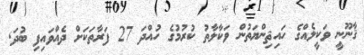
ޤާނޫނީ ވަކީލެއްގެ ހައިޘިންޔަތުން ވަކާލާތު ކުރުމުގެ ހުއްދަ 27 ފަރާތަކަށް ދެއްވައިފި ބުދަ